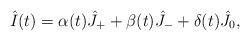
LaTeX: \begin{align*} \hat I(t)=\alpha (t)\hat J_++\beta(t)\hat J_- +\delta (t) \hat J_0,\end{align*}